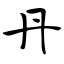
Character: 丹